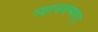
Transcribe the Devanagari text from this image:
व्यरचयन्महत्